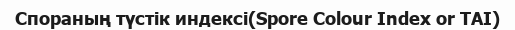
Спораның түстік индексі(Spore Colour Index or TAI)